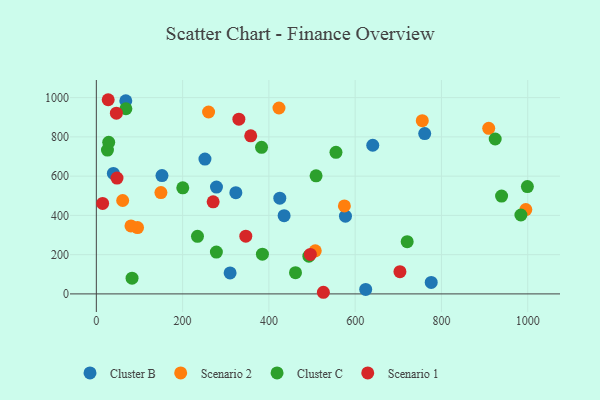
{"axis": {"x": "Distance", "y": "Yield"}, "legend": ["Cluster B", "Cluster C", "Scenario 1", "Scenario 2"], "data": [{"x": "323.4", "y": 515.8, "type": "Cluster B"}, {"x": "435.3", "y": 398.5, "type": "Cluster B"}, {"x": "776.3", "y": 58.3, "type": "Cluster B"}, {"x": "152.2", "y": 603.0, "type": "Cluster B"}, {"x": "640.8", "y": 757.3, "type": "Cluster B"}, {"x": "624.4", "y": 22.9, "type": "Cluster B"}, {"x": "251.8", "y": 687.0, "type": "Cluster B"}, {"x": "310.1", "y": 106.7, "type": "Cluster B"}, {"x": "278.5", "y": 544.3, "type": "Cluster B"}, {"x": "39.5", "y": 613.6, "type": "Cluster B"}, {"x": "68.3", "y": 984.0, "type": "Cluster B"}, {"x": "425.3", "y": 487.6, "type": "Cluster B"}, {"x": "577.5", "y": 395.9, "type": "Cluster B"}, {"x": "761.2", "y": 816.7, "type": "Cluster B"}, {"x": "95.5", "y": 337.9, "type": "Scenario 2"}, {"x": "575.0", "y": 448.2, "type": "Scenario 2"}, {"x": "80.3", "y": 346.2, "type": "Scenario 2"}, {"x": "755.6", "y": 882.6, "type": "Scenario 2"}, {"x": "260.2", "y": 926.7, "type": "Scenario 2"}, {"x": "909.6", "y": 843.4, "type": "Scenario 2"}, {"x": "507.5", "y": 219.3, "type": "Scenario 2"}, {"x": "995.6", "y": 429.6, "type": "Scenario 2"}, {"x": "61.1", "y": 476.0, "type": "Scenario 2"}, {"x": "149.7", "y": 516.0, "type": "Scenario 2"}, {"x": "423.4", "y": 947.1, "type": "Scenario 2"}, {"x": "385.0", "y": 202.5, "type": "Cluster C"}, {"x": "509.4", "y": 601.6, "type": "Cluster C"}, {"x": "234.5", "y": 293.1, "type": "Cluster C"}, {"x": "999.2", "y": 546.7, "type": "Cluster C"}, {"x": "200.4", "y": 540.2, "type": "Cluster C"}, {"x": "383.0", "y": 746.6, "type": "Cluster C"}, {"x": "720.6", "y": 266.1, "type": "Cluster C"}, {"x": "82.8", "y": 80.2, "type": "Cluster C"}, {"x": "461.7", "y": 108.2, "type": "Cluster C"}, {"x": "555.5", "y": 721.3, "type": "Cluster C"}, {"x": "25.8", "y": 732.7, "type": "Cluster C"}, {"x": "984.2", "y": 401.9, "type": "Cluster C"}, {"x": "924.6", "y": 789.3, "type": "Cluster C"}, {"x": "28.7", "y": 772.1, "type": "Cluster C"}, {"x": "939.4", "y": 498.3, "type": "Cluster C"}, {"x": "278.3", "y": 213.0, "type": "Cluster C"}, {"x": "68.5", "y": 943.2, "type": "Cluster C"}, {"x": "492.7", "y": 192.1, "type": "Cluster C"}, {"x": "270.8", "y": 469.0, "type": "Scenario 1"}, {"x": "346.5", "y": 294.1, "type": "Scenario 1"}, {"x": "496.1", "y": 201.0, "type": "Scenario 1"}, {"x": "703.8", "y": 113.0, "type": "Scenario 1"}, {"x": "47.9", "y": 589.9, "type": "Scenario 1"}, {"x": "357.9", "y": 805.3, "type": "Scenario 1"}, {"x": "330.4", "y": 890.3, "type": "Scenario 1"}, {"x": "14.6", "y": 460.8, "type": "Scenario 1"}, {"x": "27.5", "y": 989.3, "type": "Scenario 1"}, {"x": "526.3", "y": 8.3, "type": "Scenario 1"}, {"x": "46.5", "y": 920.8, "type": "Scenario 1"}]}